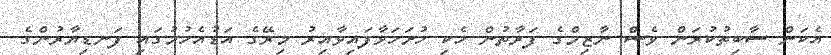
އެކަން ސާބިތުކުރަން ވެސް ނާޒިމްގެ ފަރާތުން ހެކި ހުށަހަޅާފައިވާއިރު މިރޭގެ އަޑުއެހުމުގައި ފަނޑިޔާރުންގެ